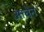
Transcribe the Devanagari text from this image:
आचेन